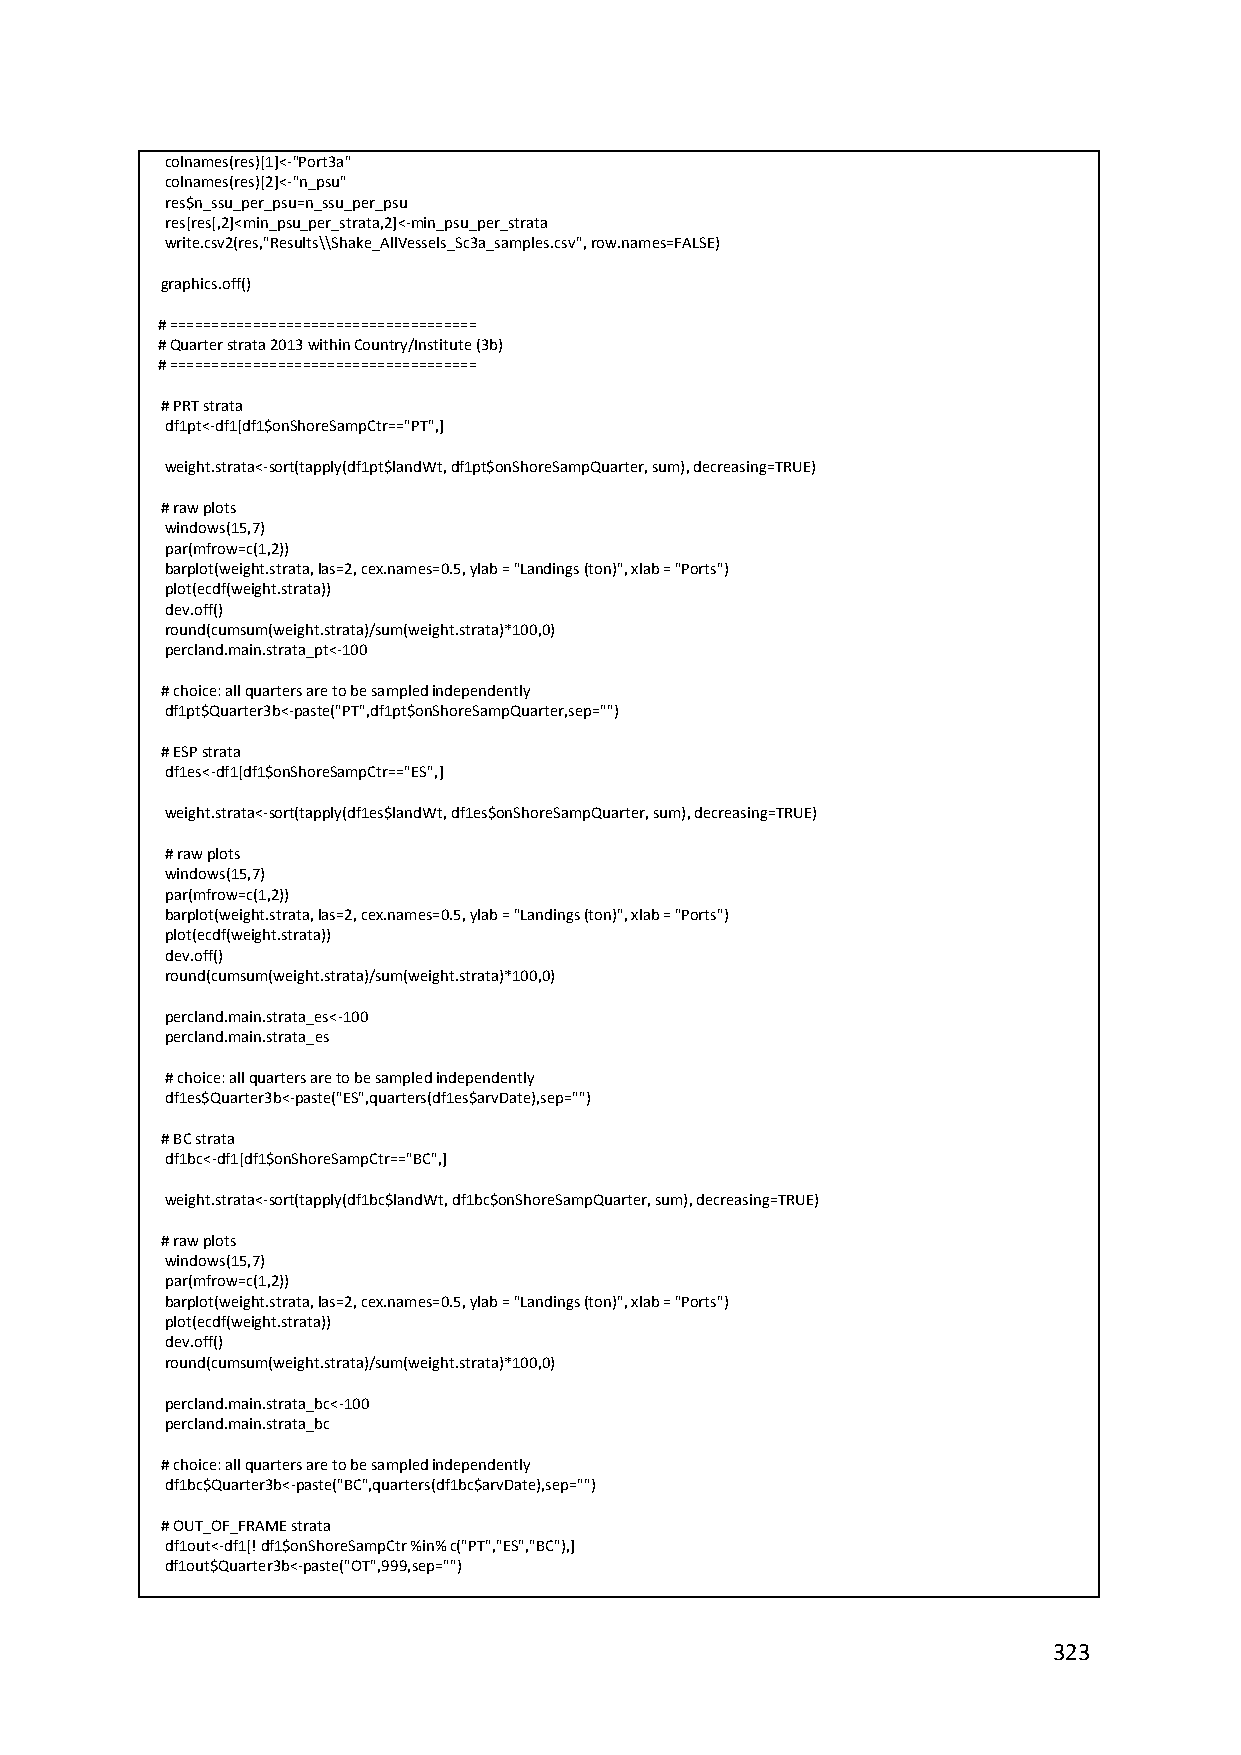
colnames(res)[1]<‐"Port3a"
 colnames(res)[2]<‐"n_psu"
 res$n_ssu_per_psu=n_ssu_per_psu
 res[res[,2]<min_psu_per_strata,2]<‐min_psu_per_strata
 write.csv2(res,"Results\\Shake_AllVessels_Sc3a_samples.csv", row.names=FALSE)
 graphics.off()
 # =====================================
 # Quarter strata 2013 within Country/Institute (3b)
 # =====================================
 # PRT strata
 df1pt<‐df1[df1$onShoreSampCtr=="PT",]
 weight.strata<‐sort(tapply(df1pt$landWt, df1pt$onShoreSampQuarter, sum), decreasing=TRUE)
 # raw plots
 windows(15,7)
 par(mfrow=c(1,2))
 barplot(weight.strata, las=2, cex.names=0.5, ylab = "Landings (ton)", xlab = "Ports")
 plot(ecdf(weight.strata))
 dev.off()
 round(cumsum(weight.strata)/sum(weight.strata)*100,0)
 percland.main.strata_pt<‐100
 # choice: all quarters are to be sampled independently
 df1pt$Quarter3b<‐paste("PT",df1pt$onShoreSampQuarter,sep="")
 # ESP strata
 df1es<‐df1[df1$onShoreSampCtr=="ES",]
 weight.strata<‐sort(tapply(df1es$landWt, df1es$onShoreSampQuarter, sum), decreasing=TRUE)
 # raw plots
 windows(15,7)
 par(mfrow=c(1,2))
 barplot(weight.strata, las=2, cex.names=0.5, ylab = "Landings (ton)", xlab = "Ports")
 plot(ecdf(weight.strata))
 dev.off()
 round(cumsum(weight.strata)/sum(weight.strata)*100,0)
 percland.main.strata_es<‐100
 percland.main.strata_es
 # choice: all quarters are to be sampled independently
 df1es$Quarter3b<‐paste("ES",quarters(df1es$arvDate),sep="")
 # BC strata
 df1bc<‐df1[df1$onShoreSampCtr=="BC",]
 weight.strata<‐sort(tapply(df1bc$landWt, df1bc$onShoreSampQuarter, sum), decreasing=TRUE)
 # raw plots
 windows(15,7)
 par(mfrow=c(1,2))
 barplot(weight.strata, las=2, cex.names=0.5, ylab = "Landings (ton)", xlab = "Ports")
 plot(ecdf(weight.strata))
 dev.off()
 round(cumsum(weight.strata)/sum(weight.strata)*100,0)
 percland.main.strata_bc<‐100
 percland.main.strata_bc
 # choice: all quarters are to be sampled independently
 df1bc$Quarter3b<‐paste("BC",quarters(df1bc$arvDate),sep="")
 # OUT_OF_FRAME strata
 df1out<‐df1[! df1$onShoreSampCtr %in% c("PT","ES","BC"),]
 df1out$Quarter3b<‐paste("OT",999,sep="")
 323